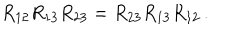
R _ { 1 2 } R _ { 1 3 } R _ { 2 3 } = R _ { 2 3 } R _ { 1 3 } R _ { 1 2 } \, .